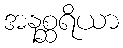
အနစ္ဆရိယာ